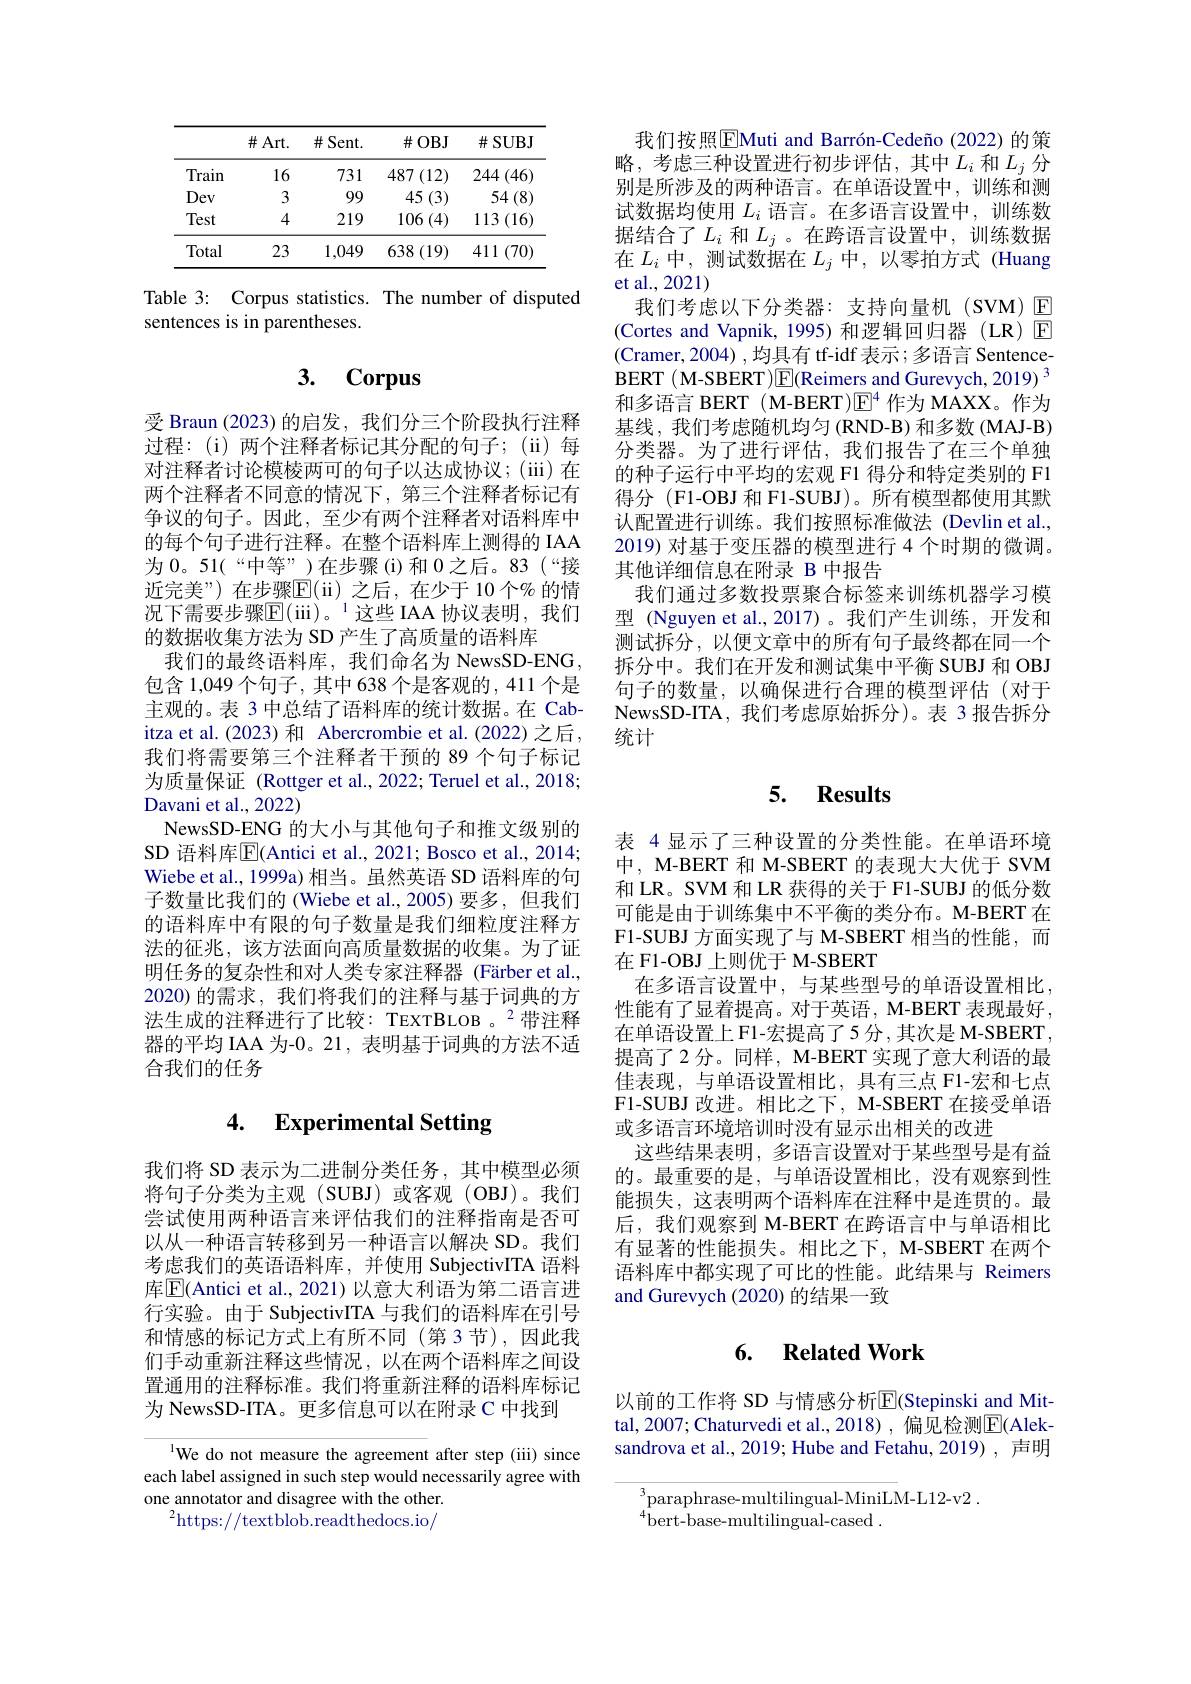
<table>
	<tbody>
		<tr>
			<th> </th>
			<th>$\#Art.$</th>
			<th>$\#$Sent.</th>
			<th>$\#OBJ$</th>
			<th>$\#$SUBJ</th>
		</tr>
		<tr>
			<td>Train</td>
			<td>16</td>
			<td>731</td>
			<td>$487\left(12\right)$</td>
			<td>244 (46</td>
		</tr>
		<tr>
			<td>Dev</td>
			<td>3</td>
			<td>99</td>
			<td>45 (3)</td>
			<td>$54\left(8\right)$</td>
		</tr>
		<tr>
			<td>Test</td>
			<td>4</td>
			<td>219</td>
			<td>$106\left(4\right)$</td>
			<td>$113\left(16\right)$</td>
		</tr>
		<tr>
			<td>Total</td>
			<td>23</td>
			<td>1,049</td>
			<td>638 (19)</td>
			<td>411 70</td>
		</tr>
	</tbody>
</table>

Table 3: Corpus statistics. The number of disputed
sentences is in parentheses.

# 3. Corpus

受 Braun (2023) 的启发，我们分三个阶段执行注释过程：(i)两个注释者标记其分配的句子；(ii)每对注释者讨论模棱两可的句子以达成协议；(iii)在两个注释者不同意的情况下，第三个注释者标记有争议的句子。因此，至少有两个注释者对语料库中的每个句子进行注释。在整个语料库上测得的 IAA 为 0。51(“中等”)在步骤(i)和 0之后。83(“接近完美”) 在步骤$\mathbb{E}($ii)之后，在少于10个%的情况下需要步骤E(iii)。$^1$这些 IAA 协议表明，我们的数据收集方法为 SD 产生了高质量的语料库
我们的最终语料库，我们命名为 NewsSD-ENG , 包含 1,049 个句子，其中 638 个是客观的，411 个是主观的。表 3 中总结了语料库的统计数据。在 Cabitza et al.(2023) 和 Abercrombie et al.(2022) 之后， 我们将需要第三个注释者干预的 89 个句子标记为质量保证 (Rottger et al., 2022; Teruel et al., 2018; Davani et al., 2022)
NewsSD-ENG 的大小与其他句子和推文级别的SD 语料库$\overline{\mathbb{E}}$(Antici et al., 2021; Bosco et al., 2014; Wiebe et al., 1999a) 相当。虽然英语 SD 语料库的句子数量比我们的 (Wiebe et al.,2005)要多，但我们的语料库中有限的句子数量是我们细粒度注释方法的征兆，该方法面向高质量数据的收集。为了证明任务的复杂性和对人类专家注释器 (Färber et al., 2020)的需求，我们将我们的注释与基于词典的方法生成的注释进行了比较：TEXTBLOB。$^{2}$带注释器的平均 IAA 为-0。21, 表明基于词典的方法不适合我们的任务

# 4. Experimental Setting

我们将 SD 表示为二进制分类任务，其中模型必须将句子分类为主观(SUBJ)或客观(OBJ)。我们尝试使用两种语言来评估我们的注释指南是否可以从一种语言转移到另一种语言以解决 SD。我们考虑我们的英语语料库，并使用 SubjectivITA 语料库$\mathbb{E}($Antici et al., 2021) 以意大利语为第二语言进行实验。由于 SubjectivITA 与我们的语料库在引号和情感的标记方式上有所不同(第3节),因此我们手动重新注释这些情况，以在两个语料库之间设置通用的注释标准。我们将重新注释的语料库标记为 NewsSD-ITA。更多信息可以在附录 C 中找到

1We do not measure the agreement after step (iii) since each label assigned in such step would necessarily agree with one annotator and disagree with the other.
$^{2}$https://textblob.readthedocs.io/

我们按照$\overline{\mathrm{E}}$Muti and Barrón-Cedeño(2022)的策略，考虑三种设置进行初步评估，其中$L_i$ 和$L_j$ 分别是所涉及的两种语言。在单语设置中，训练和测试 数 据 均 使 用 $L_{i}$ 语 言 。在 多 语 言 设 置 中 , 训 练 数 据 结 合 了 $L_{i}$ 和 $L_{j}$ 。在 跨 语 言 设 置 中 , 训 练 数 据在$L_i$中，测试数据在$L_j$中，以零拍方式 (Huang et al., 2021)
我们考虑以下分类器：支持向量机(SVM) $\mathbb{E}$ (Cortes and Vapnik, 1995) 和逻辑回归器 (LR) $\overline{\mathrm{E}}$ $\left(\text{Cramer,2004),均具有 tf-idf 表示；多语言 Sentence-}\right)$ BERT ( M-SBERT )$\boxed{\mathrm{E}}($Reimers and Gurevych, 2019) 3和多语言 BERT ( M-BERT)$\mathbb{E}^4$作为 MAXX。作为基线，我们考虑随机均匀(RND-B)和多数(MAJ-B) 分类器。为了进行评估，我们报告了在三个单独的种子运行中平均的宏观 F1 得分和特定类别的 F1得分 (F1-OBJ 和 F1-SUBJ)。所有模型都使用其默认配置进行训练。我们按照标准做法 (Devlin et al., 2019) 对基于变压器的模型进行 4 个时期的微调。其他详细信息在附录 B 中报告
我们通过多数投票聚合标签来训练机器学习模型 (Nguyen et al.,2017)。我们产生训练，开发和测试拆分，以便文章中的所有句子最终都在同一个拆分中。我们在开发和测试集中平衡 SUBJ 和 OBJ 句子的数量，以确保进行合理的模型评估(对于NewsSD-ITA, 我们考虑原始拆分)。表 3 报告拆分统计

# 5. Results

表 4 显示了三种设置的分类性能。在单语环境中，M-BERT 和 M-SBERT 的表现大大优于 SVM 和 LR。SVM 和 LR 获得的关于 F1-SUBJ 的低分数可能是由于训练集中不平衡的类分布。M-BERT 在F1-SUBJ 方面实现了与 M-SBERT 相当的性能，而在 F1-OBJ 上则优于 M-SBERT
在多语言设置中，与某些型号的单语设置相比性能有了显着提高。对于英语，M-BERT 表现最好， 在单语设置上 F1-宏提高了5 分 ,其次是 M-SBERT , 提高了2 分。同样，M-BERT 实现了意大利语的最佳表现，与单语设置相比，具有三点 F1-宏和七点F1-SUBJ 改进。相比之下，M-SBERT 在接受单语或多语言环境培训时没有显示出相关的改进
这些结果表明，多语言设置对于某些型号是有益的。最重要的是，与单语设置相比，没有观察到性能损失，这表明两个语料库在注释中是连贯的。最后，我们观察到 M-BERT 在跨语言中与单语相比有显著的性能损失。相比之下，M-SBERT 在两个语料库中都实现了可比的性能。此结果与 Reimers and Gurevych (2020) 的结果一致

## 6. $\textbf{Related Work}$

以前的工作将 SD 与情感分析$\mathbb{E}$(Stepinski and Mittal, 2007; Chaturvedi et al., 2018), 偏见检测$\overline{\mathrm{E}}($Aleksandrova et al., 2019; Hube and Fetahu, 2019) , 声明

$^3$paraphrase-multilingual-MiniLM-L12-v2.
$^{4}\tilde{\mathrm{bert-base-multilingual-cased}}.$